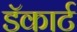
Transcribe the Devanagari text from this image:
डॅकार्ट